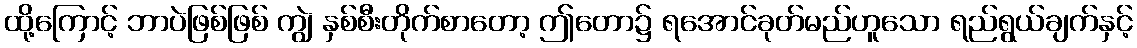
ထို့ကြောင့် ဘာပဲဖြစ်ဖြစ် ကျွဲ နှစ်စီးတိုက်စာတော့ ဤတော၌ ရအောင်ခုတ်မည်ဟူသော ရည်ရွယ်ချက်နှင့်